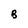
Character: B